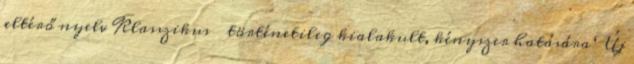
eltérő nyelv Klasszikus → történetileg kialakult, kényszer hatására Új